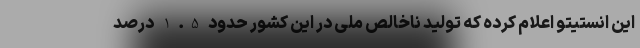
این انستیتو اعلام کرده که تولید ناخالص ملی در این کشور حدود 1.5 درصد